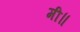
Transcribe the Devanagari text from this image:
मी॥